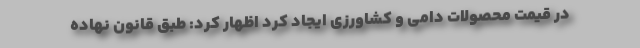
در قیمت محصولات دامی و کشاورزی ایجاد کرد اظهار کرد: طبق قانون نهاده